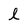
Character: l